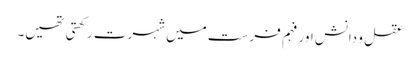
عقل و دانش اور فہم فرست میں شہرت رکھتی تھیں۔